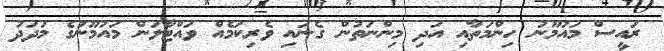
ރައީސް މައުމޫނު ހިންމަތާއި އަދި މިންނަތުން ގެނައި ވެރިކަމެއް ވައްޓާލަން މައުމޫނުގެ މަދަދު